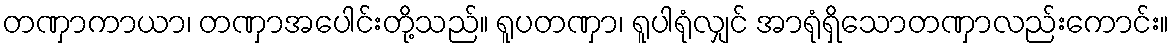
တဏှာကာယာ၊ တဏှာအပေါင်းတို့သည်။ ရူပတဏှာ၊ ရူပါရုံလျှင် အာရုံရှိသောတဏှာလည်းကောင်း။